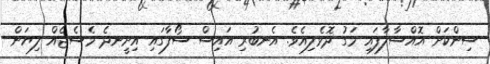
ސިންކަށް އޮއްސާލާފައި މަގު ދޮވެލިއެވެ. އެނބުރި އައިސް ސޯފާގައި އިށީނދެ މެސެޖެއް ލިޔަން